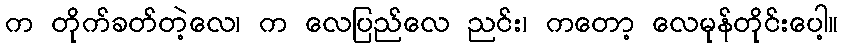
က တိုက်ခတ်တဲ့လေ၊ က လေပြည်လေ ညင်း၊ ကတော့ လေမုန်တိုင်းပေါ့။